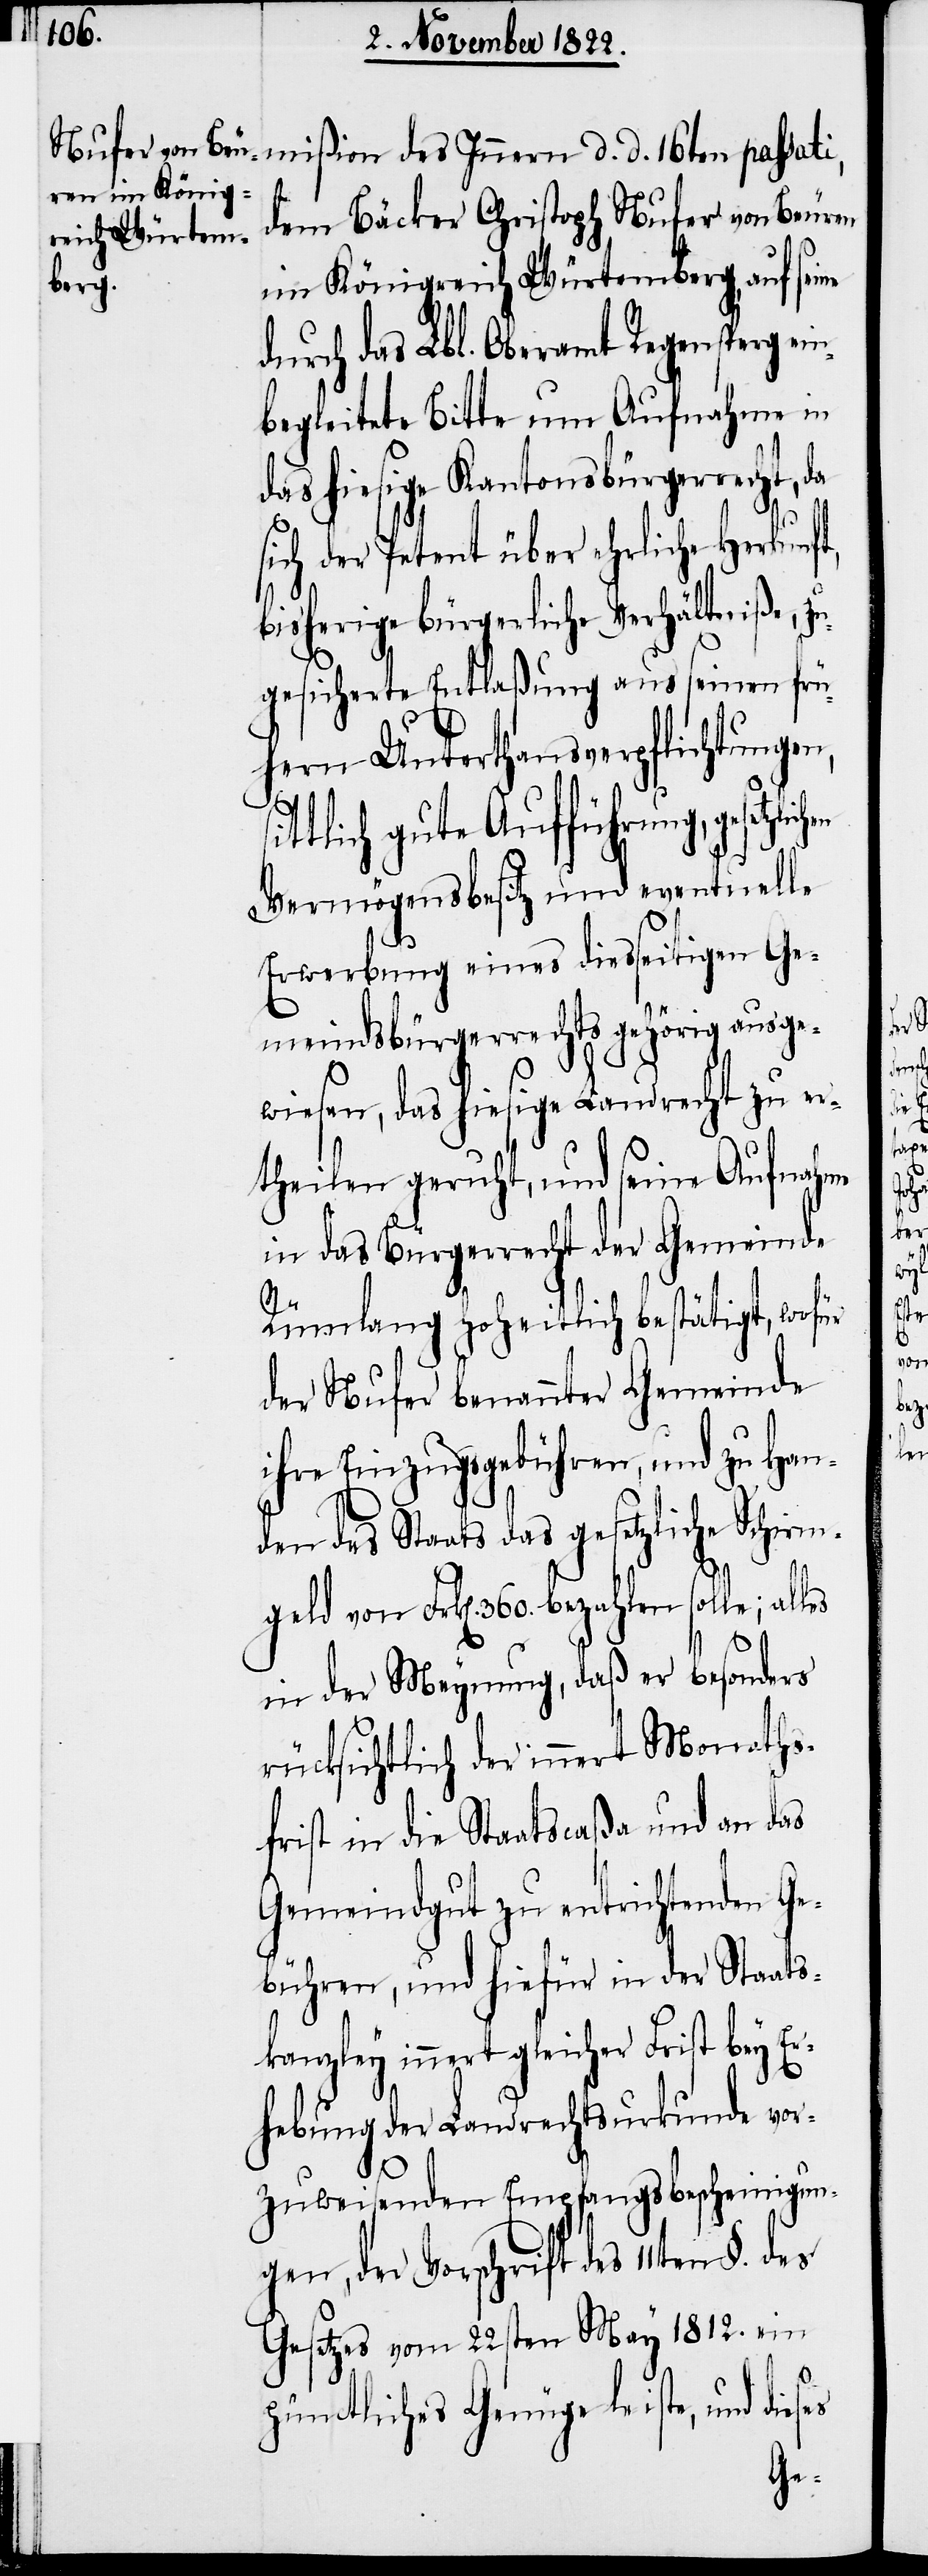
mißion des Innern d. d. 16ten passati,
n¬
dem Bäcker Christoph Nufer von Beuren
im Königreich Würtemberg, auf seine
durch das Lbl. Oberamt Regensperg ei¬
begleitete Bitte um Aufnahme in
das hiesige Kantonsbürgerrecht, da
sich der Petent über ehrliche Herkunft,
bisherige bürgerliche Verhältniße, z¬
ugesicherte Entlaßung aus seinen frü¬
hern Unterthansverpflichtungen,
des
tlich gute Aufführung, gesetzl¬
Vermögensbesitz und eventuelle
Erwerbung eines diesseitigen Ge¬
meindsbürgerrechts gehörig ausge¬
wiesen, das hiesige Landrecht zu er¬
theilen geruht, und seine Aufnahme
in das Bürgerrecht der Gemeinde
Rümlang hoheitlich bestätigt, wofür
der Nufer benannter Gemeinde
ihre Einzugsgebühren, und zu Han¬
den des Staats das gesetzliche Schirm¬
geld von Frk[en]. 360. bezahlen sol¬
in der Meynung, daß er besonders
rücksichtlich des innert Monaths¬
frist in die Staatscaßa und an das
Gemeindgut zu entrichtenden Ge¬
bühren, und hiefür in der Staats¬
kanzley innert gleicher Frist bey Er¬
hebung der Landrechturkunde vor¬
zuweisenden Empfangsbescheinigun¬
gen, der Vorschrift des
Gesetzes vom 22sten May 1812. ein
pünctliches Genüge leiste, und dieses